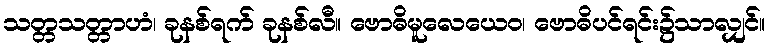
သတ္တသတ္တာဟံ၊ ခုနစ်ရက် ခုနစ်လီ။ ဗောဓိမူလေယေဝ၊ ဗောဓိပင်ရင်း၌သာလျှင်။